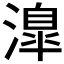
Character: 𣽎